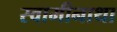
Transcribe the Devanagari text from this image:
स्वामीनाथा